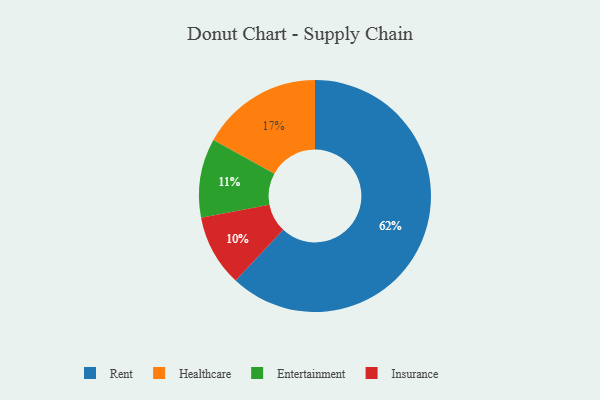
{"axis": {"x": "Category", "y": "Percentage"}, "legend": ["Entertainment", "Healthcare", "Insurance", "Rent"], "data": [{"x": "Insurance", "y": 10, "type": "Insurance"}, {"x": "Entertainment", "y": 11, "type": "Entertainment"}, {"x": "Healthcare", "y": 17, "type": "Healthcare"}, {"x": "Rent", "y": 62, "type": "Rent"}]}